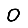
Digit: 0